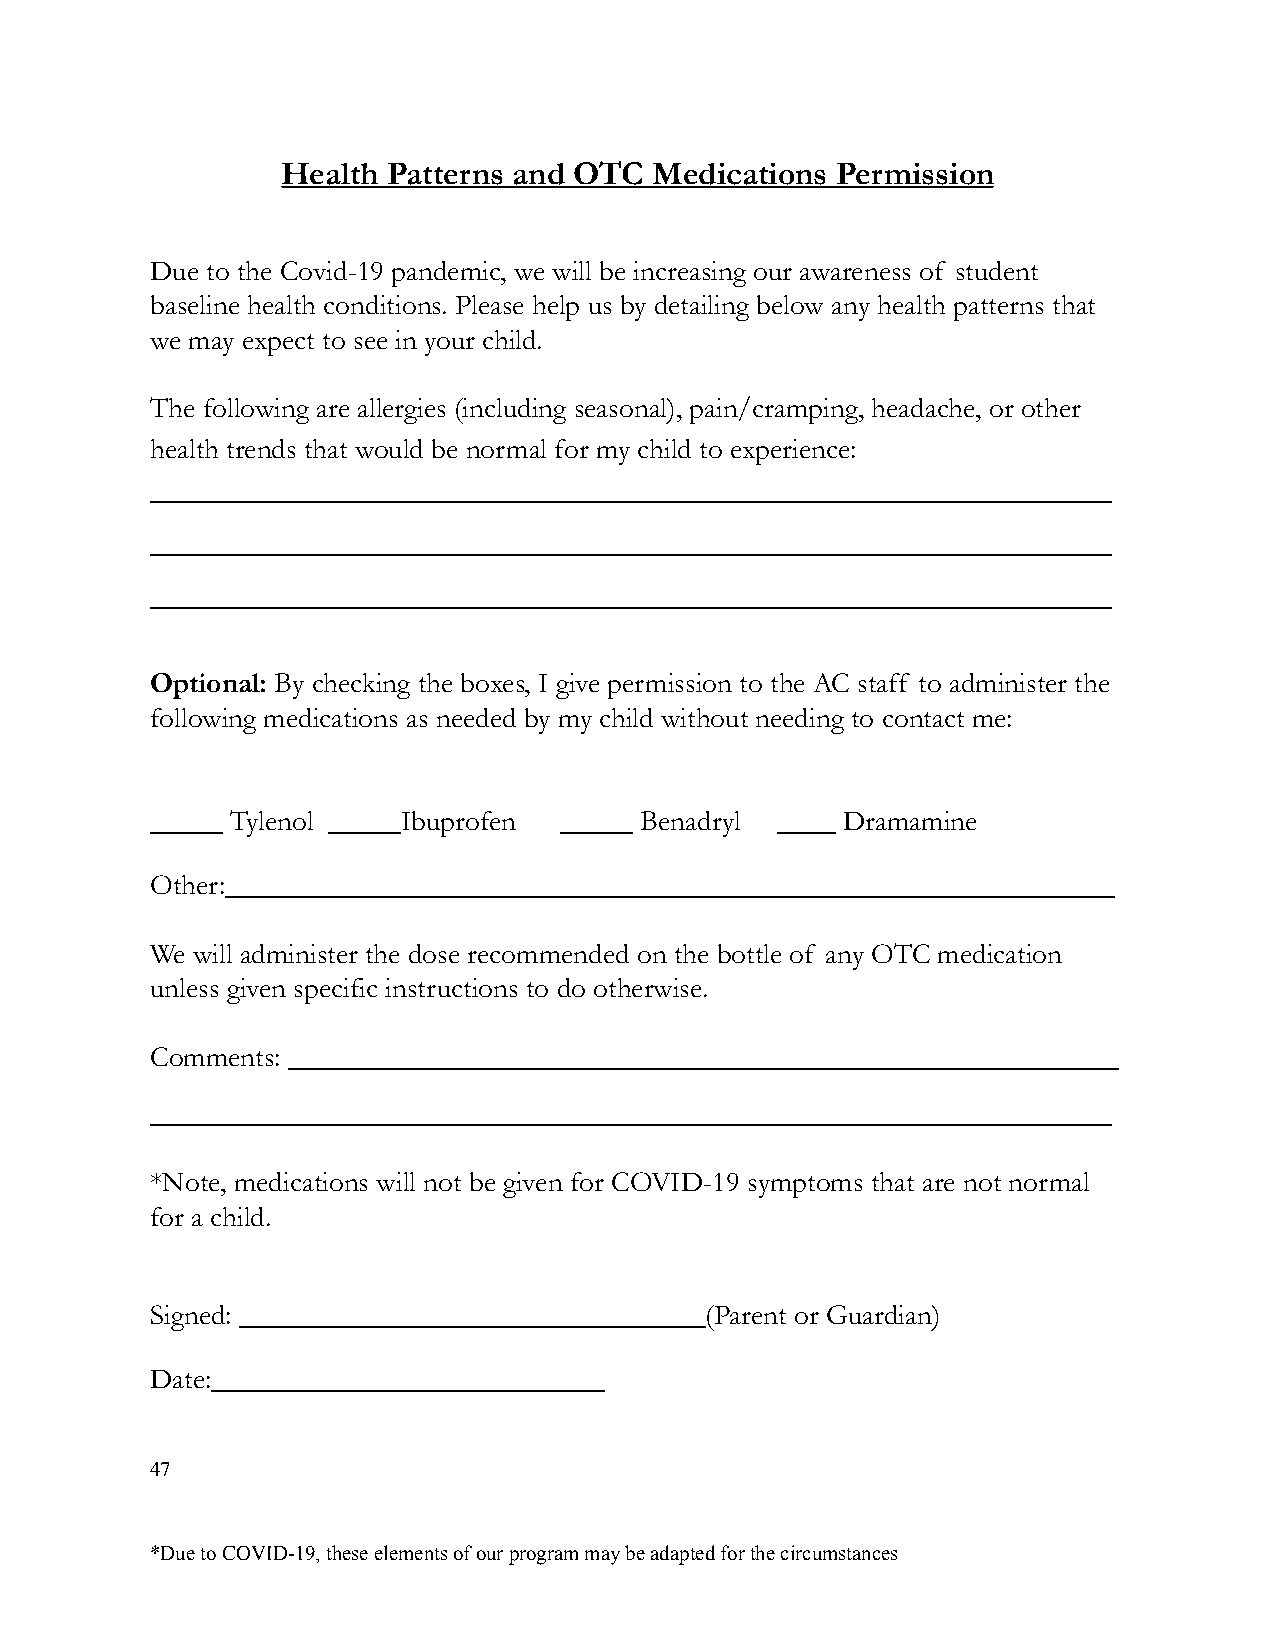
Health Patterns and OTC Medications Permission
 Due to the Covid-19 pandemic, we will be increasing our awareness of student
 baseline health conditions. Please help us by detailing below any health patterns that
 we may expect to see in your child.
 The following are allergies (including seasonal), pain/cramping, headache, or other
 health trends that would be normal for my child to experience:
 __________________________________________________________________
 __________________________________________________________________
 __________________________________________________________________
 Optional: By checking the boxes, I give permission to the AC staff to administer the
 following medications as needed by my child without needing to contact me:
 _____ Tylenol _____Ibuprofen _____ Benadryl ____ Dramamine
 Other:_____________________________________________________________
 We will administer the dose recommended on the bottle of any OTC medication
 unless given specific instructions to do otherwise.
 Comments: _________________________________________________________
 __________________________________________________________________
 *Note, medications will not be given for COVID-19 symptoms that are not normal
 for a child.
 Signed: ________________________________(Parent or Guardian)
 Date:___________________________
 47
 *Due to COVID-19, these elements of our program maybe adapted for the circumstances